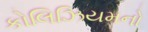
કોલિઝિયમનો